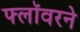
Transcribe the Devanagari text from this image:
फ्लॉवरने